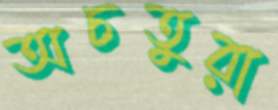
অচতুরা